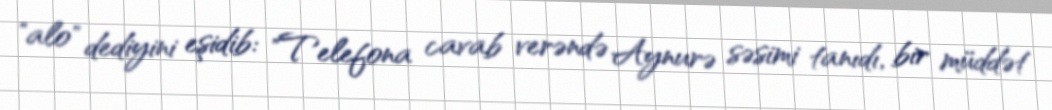
"alo" dediyini eşidib: "Telefona cavab verəndə Aynurə səsimi tanıdı, bir müddət